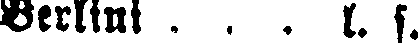
Berlini . . . l. k.